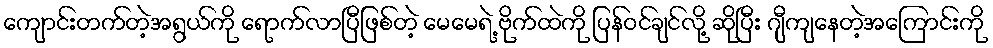
ကျောင်းတက်တဲ့အရွယ်ကို ရောက်လာပြီဖြစ်တဲ့ မေမေရဲ့ ဗိုက်ထဲကို ပြန်ဝင်ချင်လို့ ဆိုပြီး ဂျီကျနေတဲ့အကြောင်းကို